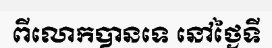
ពីលោកបានទេ នៅថ្ងៃទី